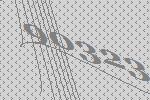
90323